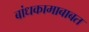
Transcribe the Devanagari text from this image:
बांधकामाबाबत